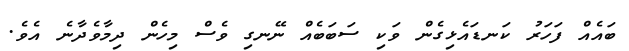
ބައެއް ފަހަރު ކަނޑައެޅިގެން ވަކި ސަބަބެއް ނޭނގި ވެސް މިހެން ދިމާވެދާނެ އެވެ.